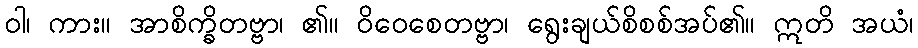
ဝါ၊ ကား။ အာစိက္ခိတဗ္ဗာ၊ ၏။ ဝိဝေစေတဗ္ဗာ၊ ရွေးချယ်စိစစ်အပ်၏။ ဣတိ အယံ၊